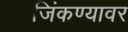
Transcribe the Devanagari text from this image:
जिंकण्यावर